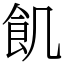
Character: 飢